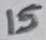
Text: 15